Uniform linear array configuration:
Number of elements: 4
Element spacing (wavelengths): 0.5
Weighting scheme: hamming
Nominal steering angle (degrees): -15
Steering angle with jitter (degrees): -15.392
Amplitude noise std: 0.05
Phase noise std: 0.05

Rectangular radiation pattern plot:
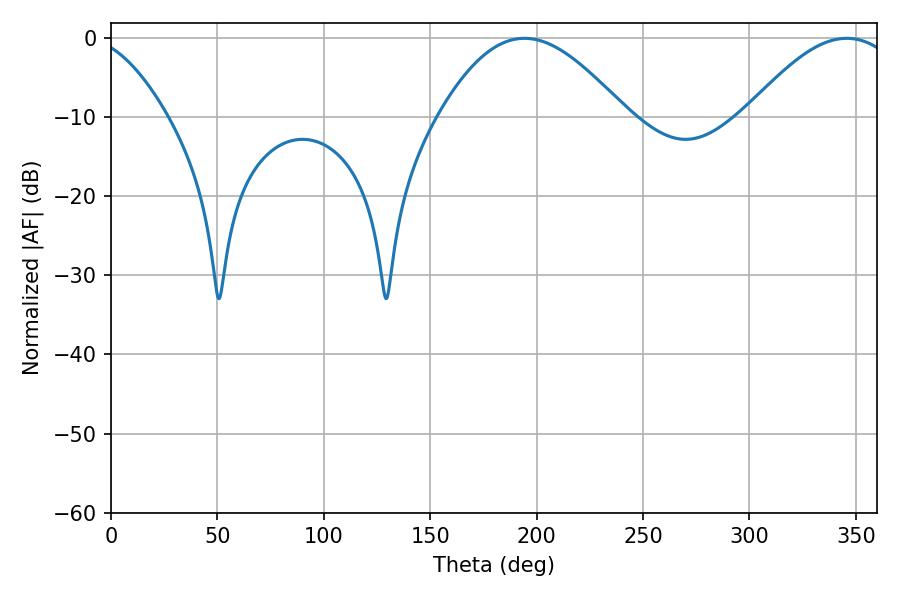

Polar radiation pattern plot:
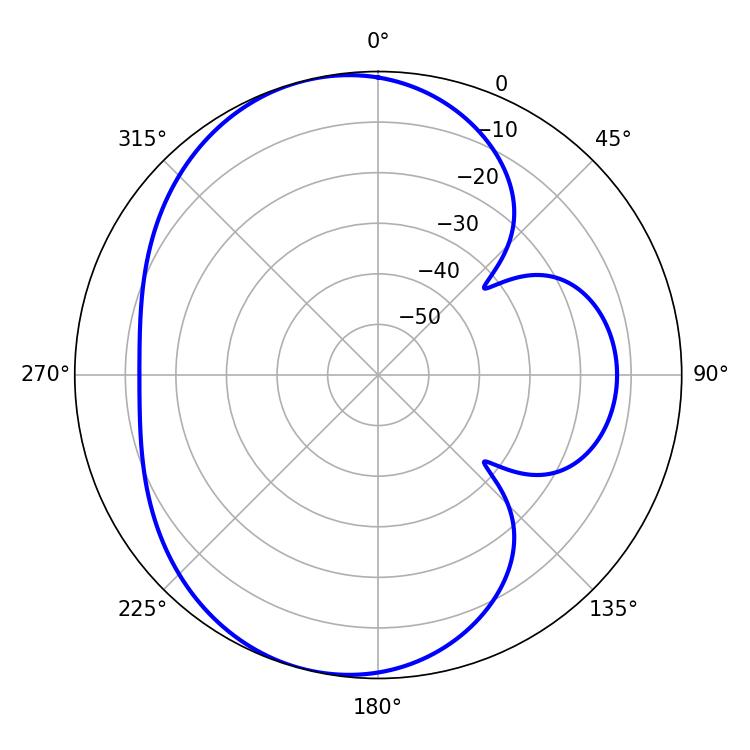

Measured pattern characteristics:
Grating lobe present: FALSE
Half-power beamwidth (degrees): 47.52
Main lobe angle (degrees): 194.22